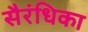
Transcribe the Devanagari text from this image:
सैरंधिका